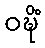
ဝဍ္ဎိံ